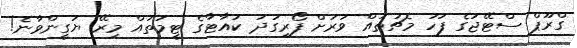
ގްރޫޕް ސްޓޭޖުގެ ފަހު މެޗުތައް ވަރަށް ފޯރިގަދަ ކުއާޓާގެ ޓީމުތައް މިރޭ ޔަގީންވާނެ!